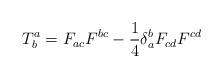
LaTeX: \begin{align*}T_{b}^{a}=F_{ac}F^{bc}-\frac{1}{4}\delta _{a}^{b}F_{cd}F^{cd}\end{align*}